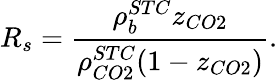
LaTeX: R_{s}=\frac{\rho_{b}^{STC}z_{CO2}}{\rho_{CO2}^{STC}(1-z_{CO2})}.